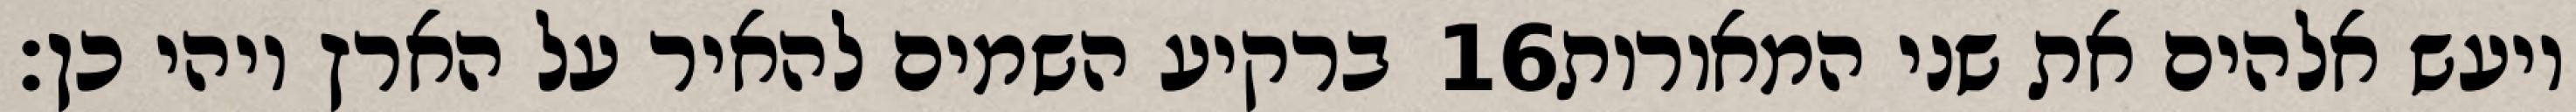
ברקיע השמים להאיר על הארץ ויהי כן׃ ‎16‏ ויעש אלהים את שני המאורות